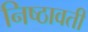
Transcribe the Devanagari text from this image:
निष्ठावती